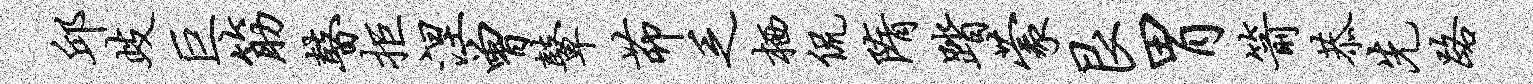
邱歧巨筋瞽拒涅曾鼙茆乏栖侃隋踏蒙艮胃箭恭先路